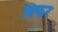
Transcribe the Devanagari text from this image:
बिफर